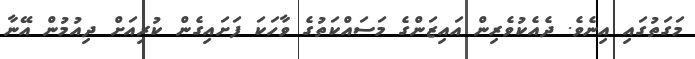
މަގަތުގައި އިނެވެ. ދެއެކުވެރިން އައިޒަންގެ މަސައްކަތުގެ ވާހަކަ ފަށައިގެން ކުރިއަށް ދިއުމުން އޭނާ